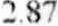
2.87